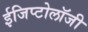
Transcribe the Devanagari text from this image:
ईजिप्टोलॉजी